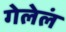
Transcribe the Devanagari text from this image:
गेलेलं